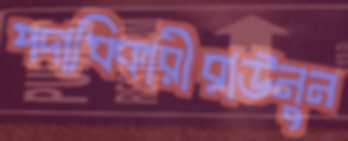
পদাধিকারীরাউনুন